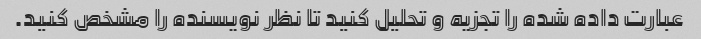
عبارت داده شده را تجزیه و تحلیل کنید تا نظر نویسنده را مشخص کنید.